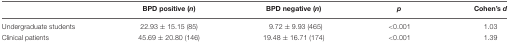
<table><thead><tr><td>[EMPTY_CELL]</td><td><b>BPD positive (<i>n</i>)</b></td><td><b>BPD negative (<i>n</i>)</b></td><td><b><i>p</i></b></td><td><b>Cohen’s <i>d</i></b></td></tr></thead><tbody><tr><td>Undergraduate students</td><td>22.93 ± 15.15 (85)</td><td>9.72 ± 9.93 (465)</td><td>&lt;0.001</td><td>1.03</td></tr><tr><td>Clinical patients</td><td>45.69 ± 20.80 (146)</td><td>19.48 ± 16.71 (174)</td><td>&lt;0.001</td><td>1.39</td></tr></tbody></table>